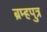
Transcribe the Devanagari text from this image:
ब्रम्हपुत्र